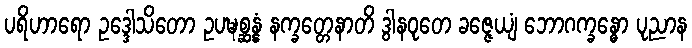
ပရိဟာရော ဥဒ္ဒေါသိတော ဥပဍ္ဎစ္ဆန္နံ နက္ခတ္တေနာတိ ဒွါနဝုတေ ခဇ္ဇေယျံ ဘောဂက္ခန္ဓော ပုညာန